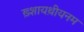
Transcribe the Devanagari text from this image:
ख़्शायथ़ीयनम